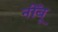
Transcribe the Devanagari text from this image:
नीँबू